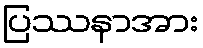
ပြဿနာအား